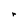
Character: r